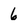
Character: 6